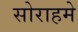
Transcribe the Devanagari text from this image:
सोराहमे